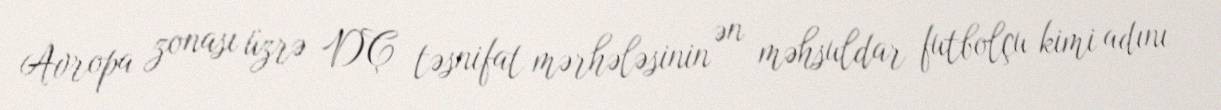
Avropa zonası üzrə DÇ təsnifat mərhələsinin ən məhsuldar futbolçu kimi adını